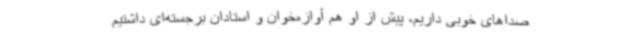
صداهای خوبی داریم، پیش از او هم آوازه‌خوان و استادان برجسته‌ای داشتیم